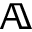
\mathbb { A }